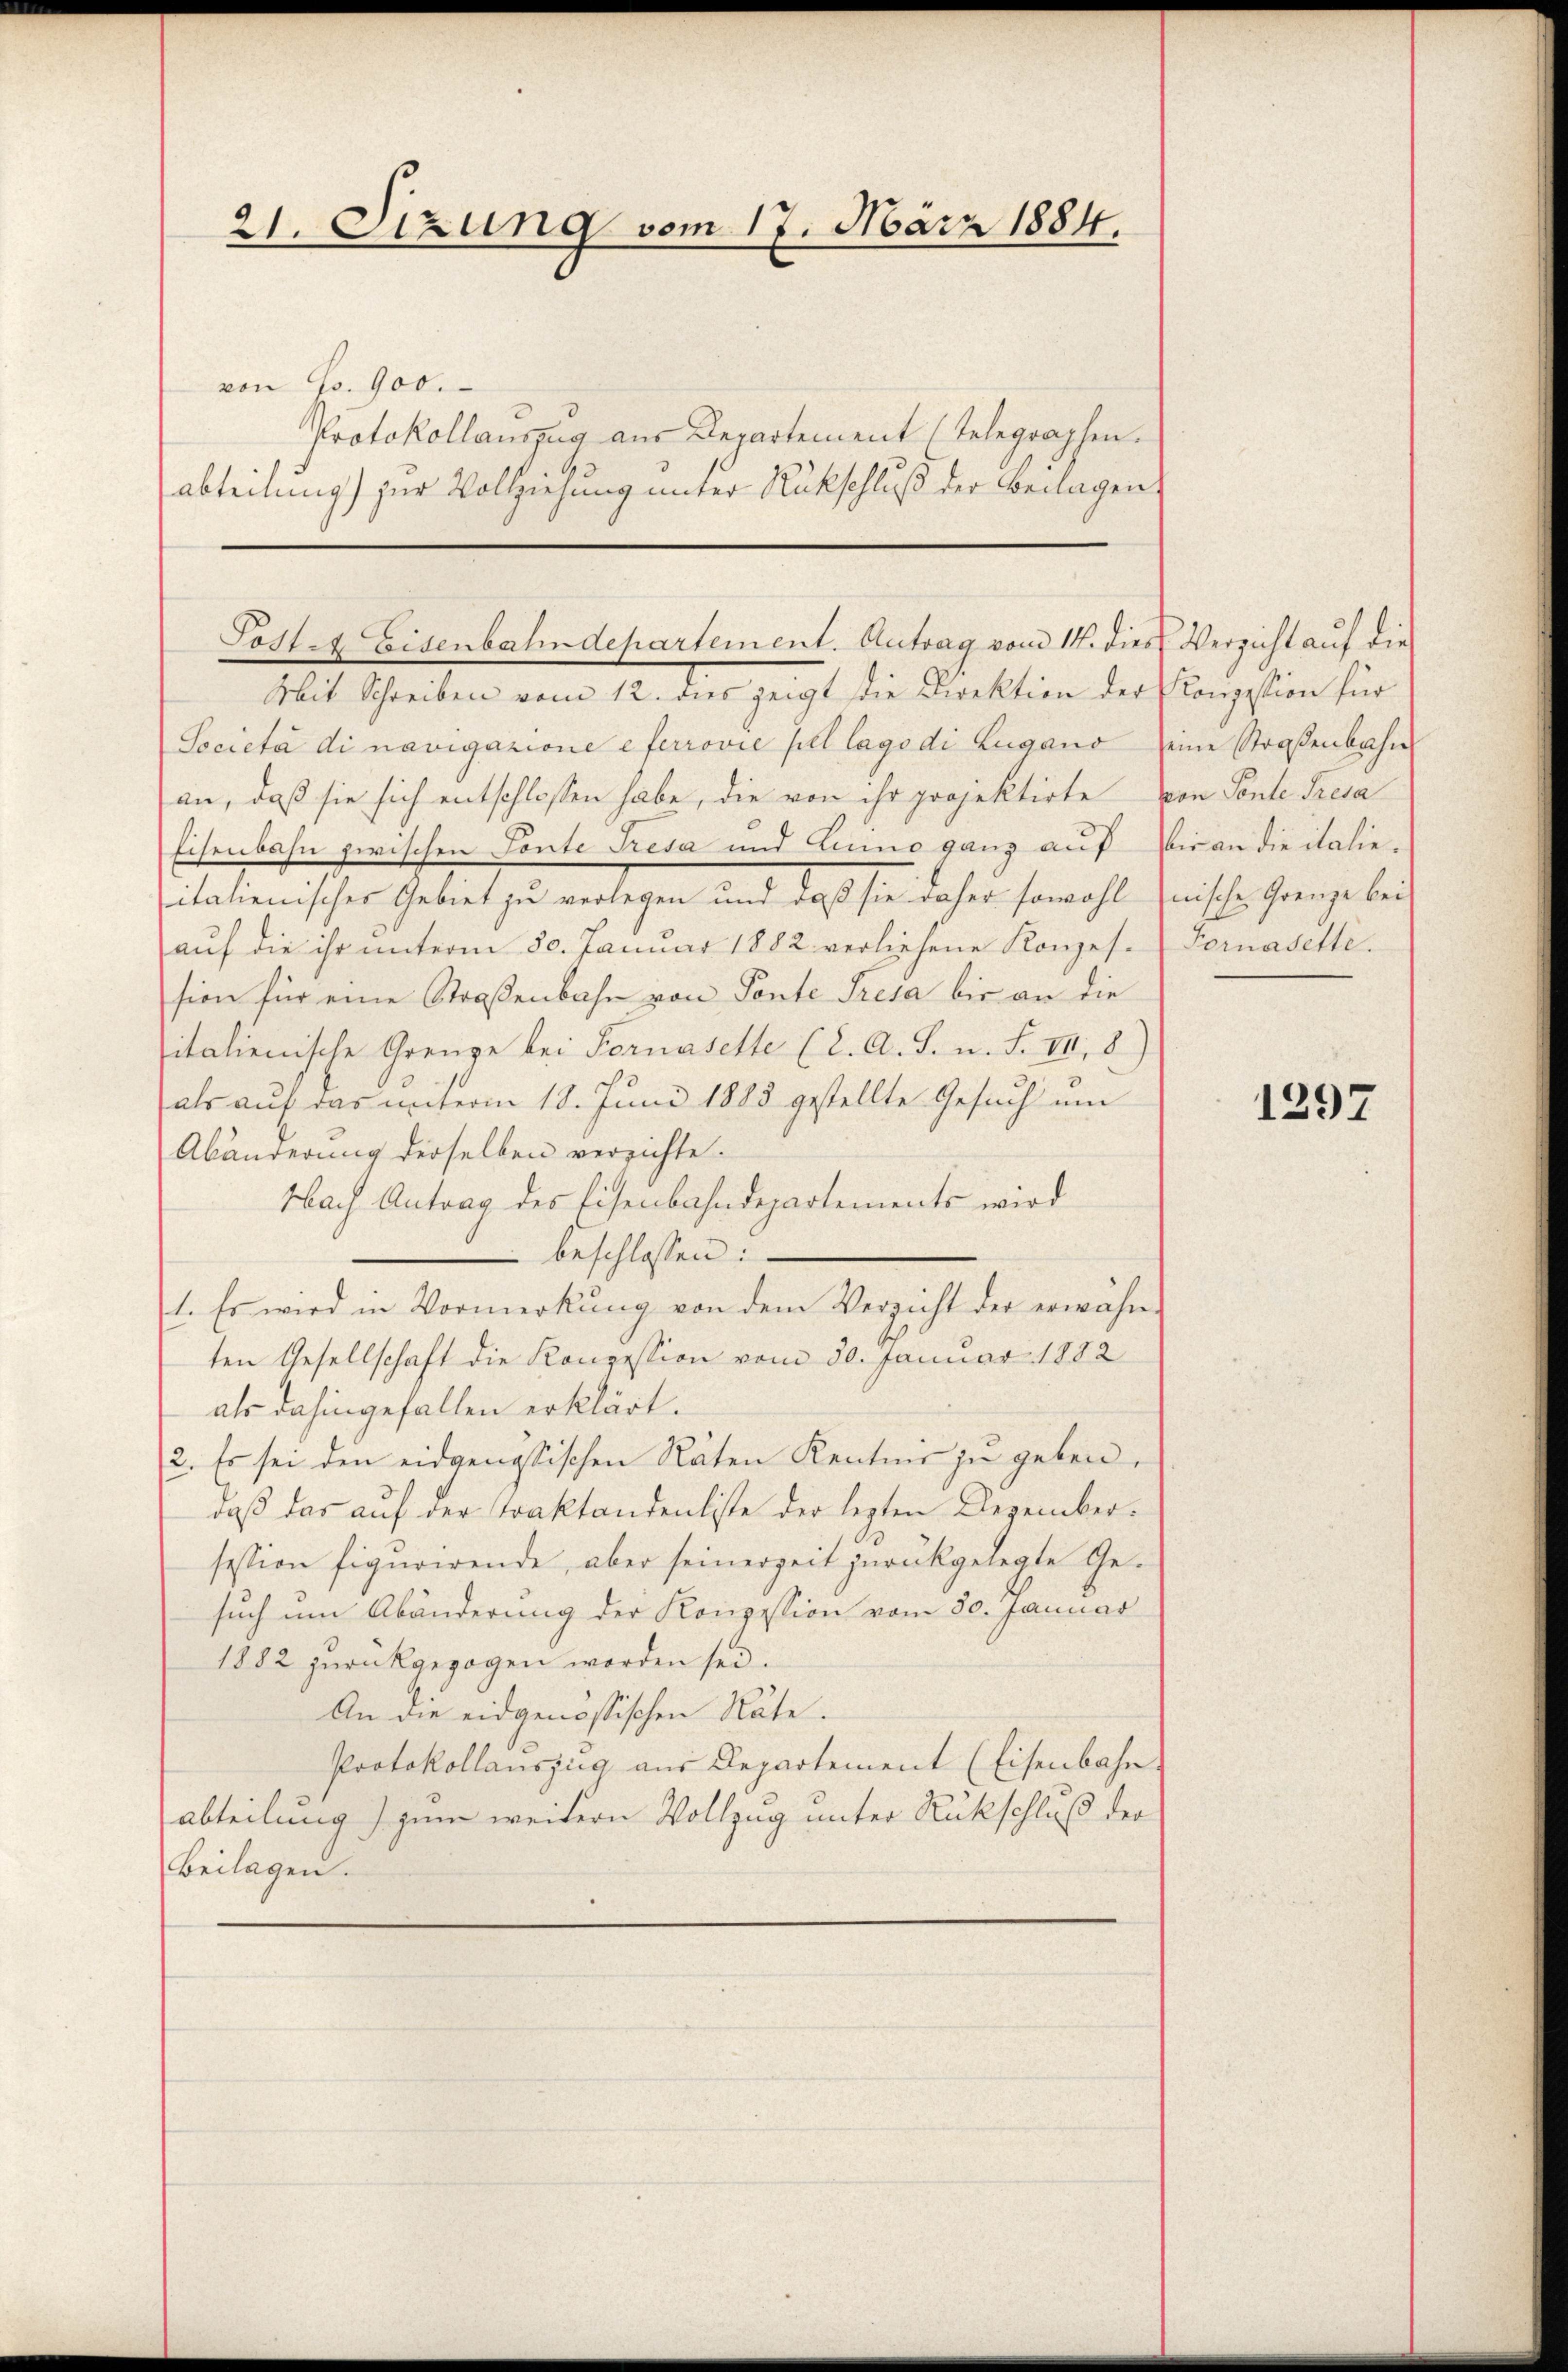
21. Sizung vom 17. März 1884.

von Gs. 900.
Protokollauszug aus Departement (Telegraphen.
abteilung) zur Vollziehung unter Rückschluß der Beilagen

Post. Eisenbahndepartement. Antrag vom 14. dies Verzicht auf die

Mit Schreiben vom 12. dies zeigt die Direktion der Konzession für
Società di navigazione e ferrović pel lago di Lugano eine Straßenbahn
an, daß sie sich entschlossen habe, die von ihr projektirte von Sonte Tresa
Eisenbahn zwischen Tonte Tresa und Linno ganz auf die an die italieitalienisches Gebiet zu verlegen und daß sie daher sowohl nische Grenze bei
aŭf die ihr ŭnterm 30. Januar 1882 verliehene Konzes. Fornasette.
sion für eine Straßenbahn von Ponte Tresa bis an die
sitalienische Grenze bei Fornasette (2. A. S. n. F. VII, 8)
als auf das unterm 18. Juni 1883 gestellte Gesuch um
Abänderung derselben versichte.
Nach Antrag des Eisenbahndepartements wird
 beschlossen:
1. Es wird in Vormerkung von dem Verzicht der erwähnten Gesellschaft die Konzession vom 30. Januar 1882
als dahingefallen erklärt.
2. Es sei den eidgenössischen Räten Kentner zu geben.
daß das auf der Traktandenliste der lezten Dezembersession figurirende, aber seinerzeit zurückgelegte Gesuch um Abänderung der Konzession vom 30. Januar
1882 zurückgezogen worden sei.
An die eidgenössischen Räte.
Protokollauszug aus Departement (Eisenbahn.
abteilung) zum weitern Vollzug unter Rückschluß der
Beilagen.

1297